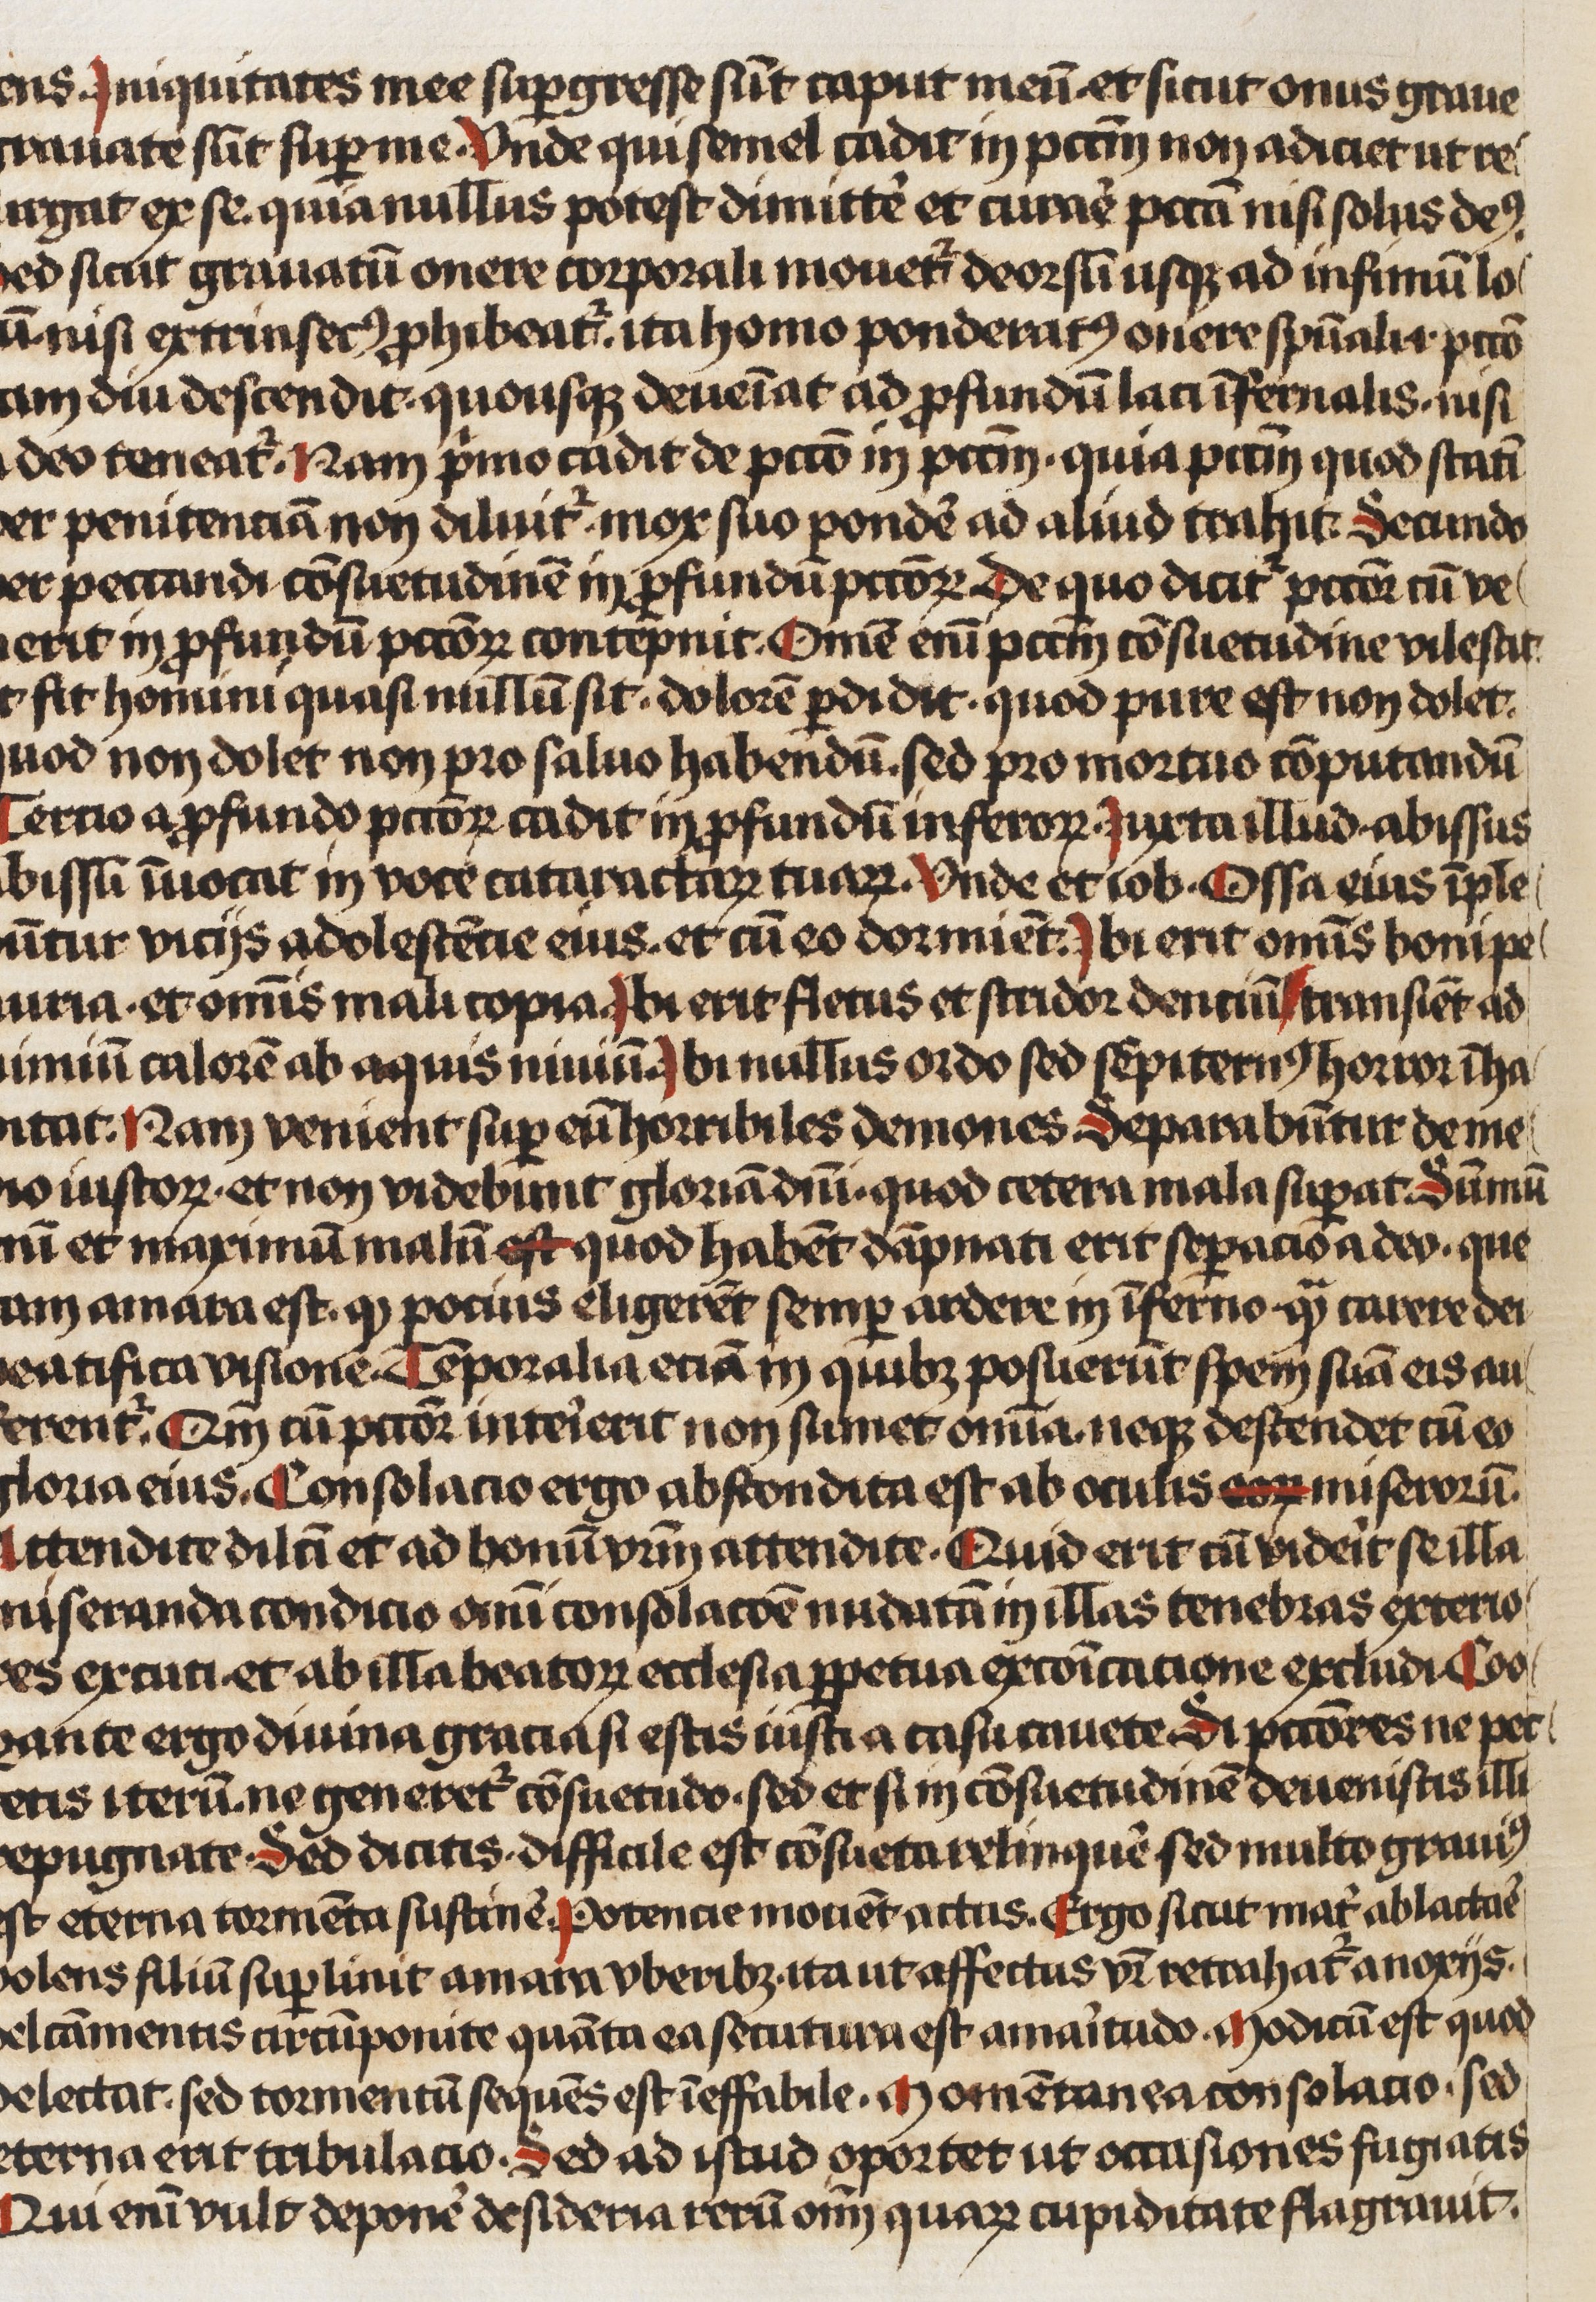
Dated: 1466–1466